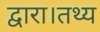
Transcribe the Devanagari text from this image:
द्वारा।तथ्य